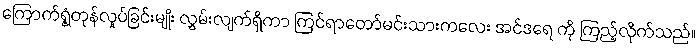
ကြောက်ရွံ့တုန်လှုပ်ခြင်းမျိုး လွှမ်းလျက်ရှိကာ ကြင်ရာတော်မင်းသားကလေး အင်ဒရေ ကို ကြည့်လိုက်သည်။